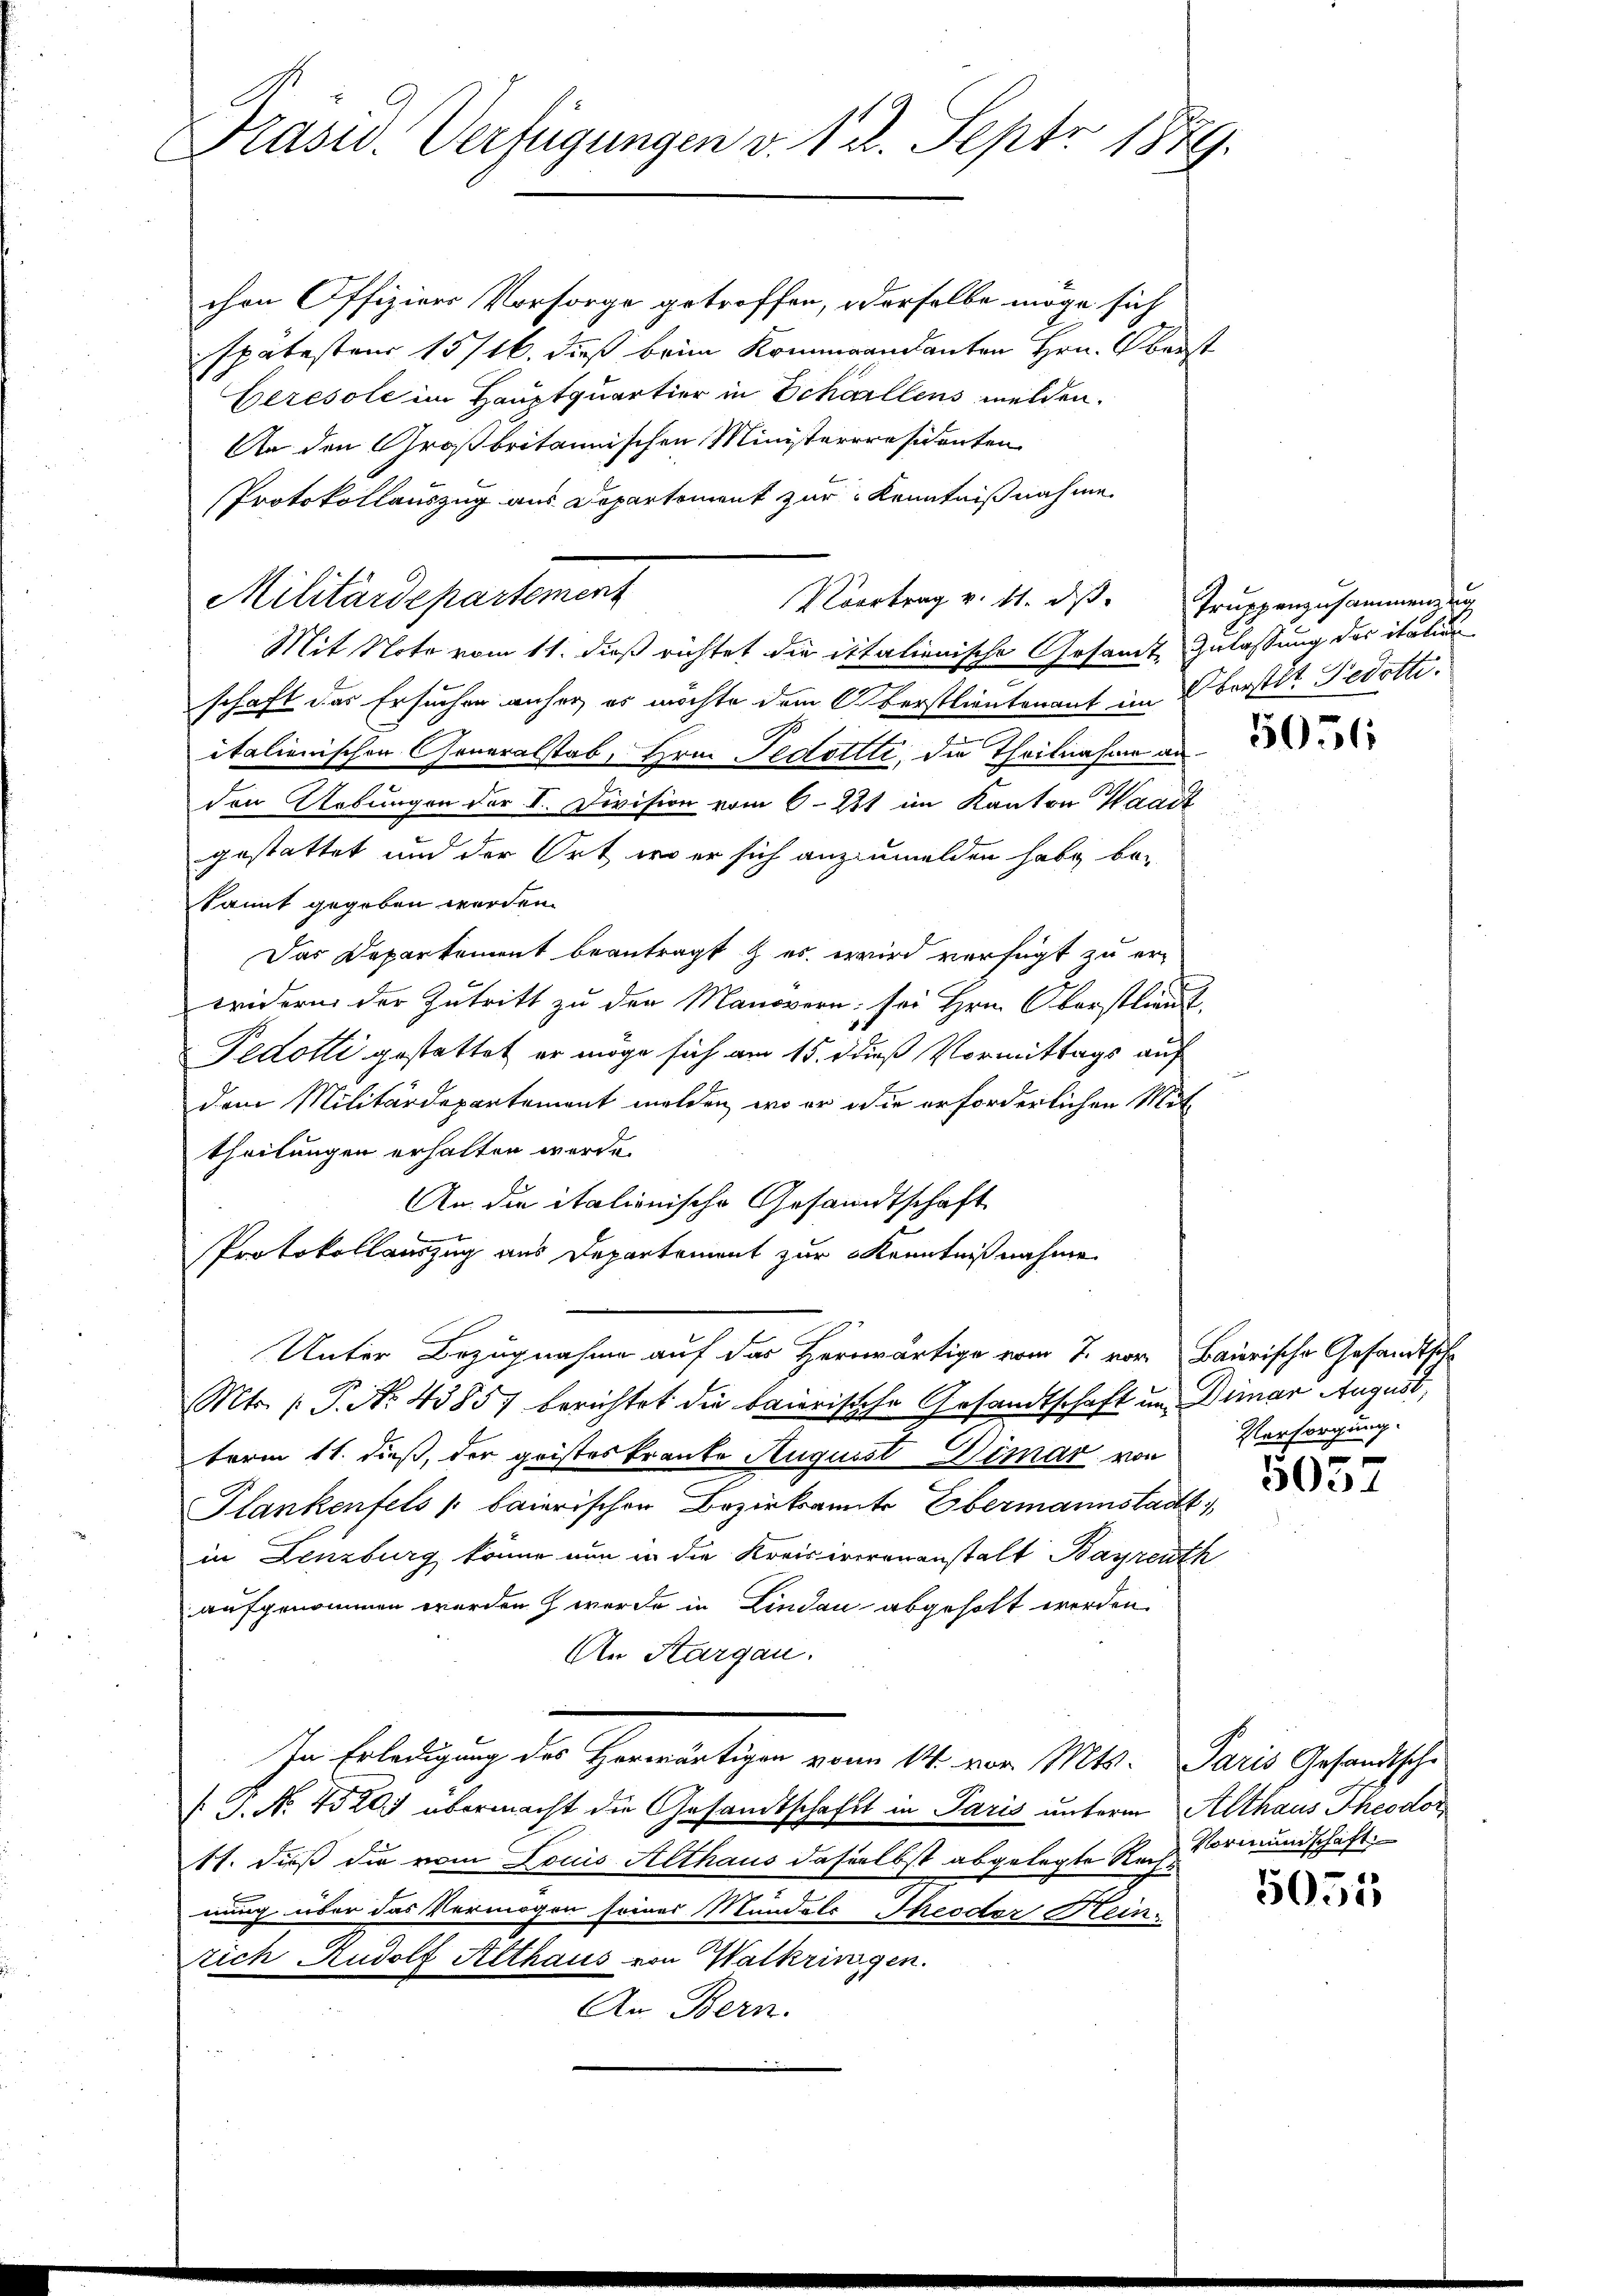
Präsid. Verfügungen v. 12. Sept. 1879.

chen Offiziers Vorsorge getroffen, derselbe möge sich
spätestens 15/16. dieß bei Kommandanten Hrn. Oberst
Ceresole im Hauptquartier in Schällens melden.
An den Großbritannischen Ministerpräsidenten
Protokollauszug aus Departement zur Kenntnißnahme

Militärdepartement
Übertrag v. 4. ds.

Mit Note vom 11. dieß richtet die italienische Gesamte Zulassung der itation
schaft das Ersuchen anher, es möchte dem Oberstlieutenant im Oberstet. Fedotti.
italienischen Generalstab, Hrn. Fedollte, die Theilnahme anden Uebungen der II. Division vom 6. 231 im Kanton Waadt
gestattet und der Ort, wo er sich anzumelden habe be-
kannt gegeben werden.
Das Departement beantragt & es wird verfügt zu erwidern der Zutritt zu den Manovern sei Hrn. Oberstlieu,
Fedotti gestattet er möge sich am 15. d dieß Vormittags auf
dem Militärdepartement melden, wo er die erforderlichen Mit
theilungen erhalten werde.
An die italionische Gesandtschaft
b
Protokollauszug aus Departement zur Kenntnißnahme
Unter Bezugnahme auf das Herrwärtige vom 7. vor Baierische Gesandtsche
Mts. (: P. Nr. 4385) berichtet die baierische Gesandtschaft um Diner August,
term 11. dieß, der geisteskranke August Wimar von Versorgung.
Slankenfels / baierischen Bezirksamte Obermannstadt,
in Lenzburg könne nun in die Kreisirerenanstalt Bayreuth
aufgenommen worden werde in Lindau abgeholt werden.
An Aargau.
In Erledigung der Herwärtigen vom 14. vor. Mts. Paris Gesandtsche
/G. No. 4520 übermacht die Gesandtschaft in Paris unterm Althaus Theodor
11. dieß die vom Louis Althaus dasselbst abgelegte Rachs
eiung über das Vermögen seiner Mündels Theodor Klein-
zich Rudolf Althaus von Walkrinigen.
An Bern.

Truppenzusammen u

5036

u

5057

Vormundschaft

5055